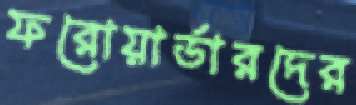
ফরোয়ার্ডারদের